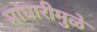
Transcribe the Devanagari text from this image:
माघारीमुळे